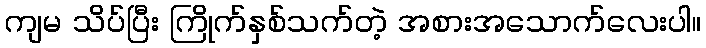
ကျမ သိပ်ပြီး ကြိုက်နှစ်သက်တဲ့ အစားအသောက်လေးပါ။